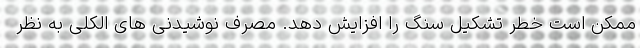
ممکن است خطر تشکیل سنگ را افزایش دهد. مصرف نوشیدنی های الکلی به نظر